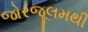
જોરજૂલમથી